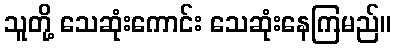
သူတို့ သေဆုံးကောင်း သေဆုံးနေကြမည်။